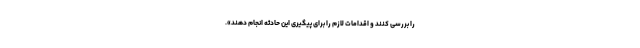
را بررسی کنند و اقدامات لازم را برای پیگیری این حادثه انجام دهند».